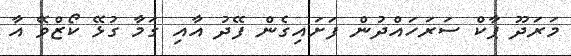
މަރަދޫ ޕާކް ސަރަހައްދުން ފަށައިގެން ފޭދު އާއި ގަމާ ގުޅޭ ކޯޒްވޭ އާ